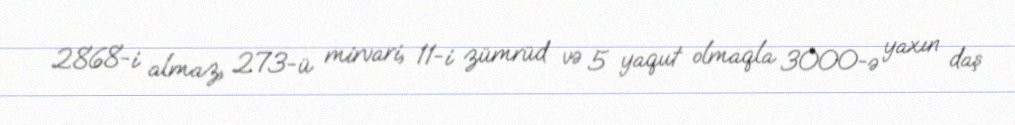
2868-i almaz, 273-ü mirvari, 11-i zümrüd və 5 yaqut olmaqla 3000-ə yaxın daş